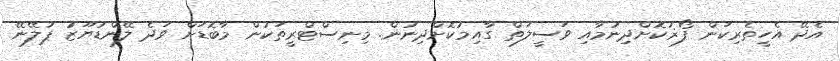
އެދޭ އެހީތެރިކަން ފޯޜުކޮށްދިނުމާއި ވަސީލަތް ގާއިމުކޮށްދިނުން. މިނިސްޓްރީތަކުން މާބޮޑަށް ވަދެ ލޭންޑުޔޫޒު ޕުލޭނޭ